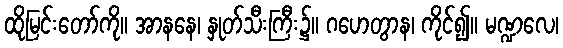
ထိုမြင်းတော်ကို။ အာနနေ၊ နှုတ်သီးကြီး၌။ ဂဟေတွာန၊ ကိုင်၍။ မဏ္ဍလေ၊